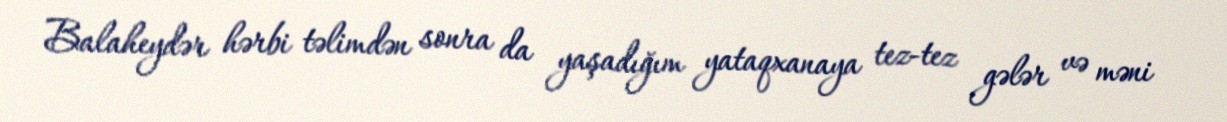
Balaheydər hərbi təlimdən sonra da yaşadığım yataqxanaya tez-tez gələr və məni